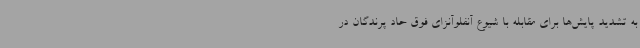
به تشدید پایش‌ها برای مقابله با شیوع آنفلوآنزای فوق حاد پرندگان در